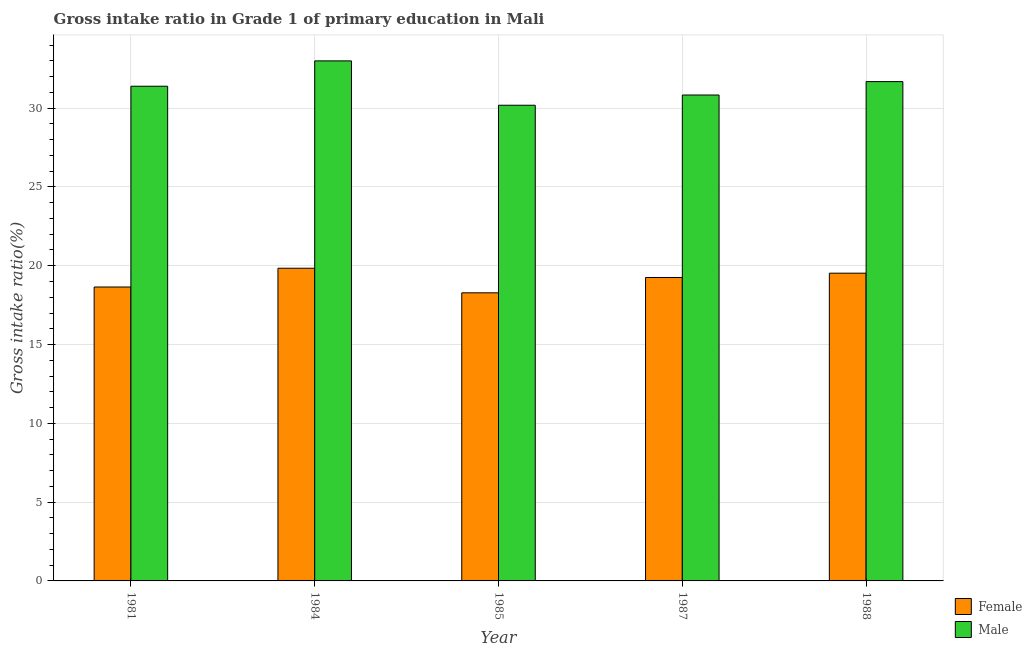
| Year | Female | Male |
 | --- | --- | --- |
 | 1981 | 18.7 | 31.4 |
 | 1984 | 19.8 | 33 |
 | 1985 | 18.3 | 30.2 |
 | 1987 | 19.3 | 30.8 |
 | 1988 | 19.5 | 31.7 |